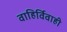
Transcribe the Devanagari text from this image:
वाहिर्विवाही